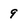
Character: 9